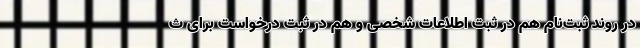
در روند ثبت‌نام هم در ثبت اطلاعات شخصی و هم در ثبت درخواست برای ث